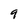
Character: 9